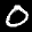
Label: 0